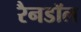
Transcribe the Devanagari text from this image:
रैनडॉल